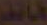
المال